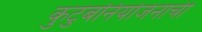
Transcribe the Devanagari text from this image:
कुटुंबनियोजनाची